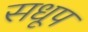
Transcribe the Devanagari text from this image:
सधूप